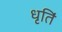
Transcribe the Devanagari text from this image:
धृतिं